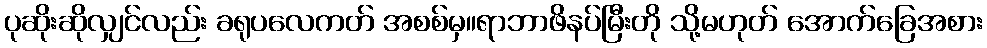
ပုဆိုးဆိုလျှင်လည်း ခရုပလေကတ် အစစ်မှ။ရာဘာဖိနပ်မြီးတို သို့မဟုတ် အောက်ခြေအစား